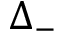
\Delta _ { - }